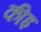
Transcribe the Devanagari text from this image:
कीइ